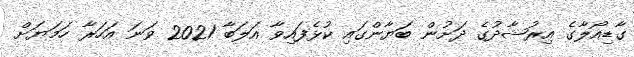
ގާޑިއޯލާގެ އިރުޝާދުގެ ދަށުން ބަޔާންގައި ކުޅެފައިވާ އަލަބާ 2021 ވަނަ އަހަރާ ހަމަޔަށް